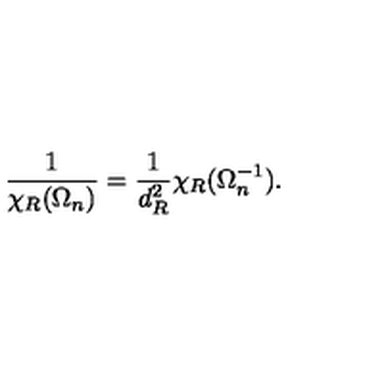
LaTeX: \frac { 1 } { \chi _ { R } ( \Omega _ { n } ) } = \frac { 1 } { d _ { R } ^ { 2 } } \chi _ { R } ( \Omega _ { n } ^ { - 1 } ) .